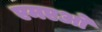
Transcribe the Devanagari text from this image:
एमएओ